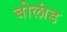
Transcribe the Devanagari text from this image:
बोलांड